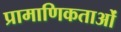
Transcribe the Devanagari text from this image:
प्रामाणिकताओं